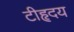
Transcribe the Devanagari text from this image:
टीहृदय